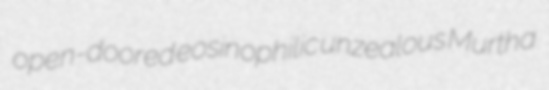
open-doored eosinophilic unzealous Murtha